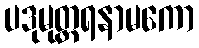
ပဒုမုတ္တရနာမကော